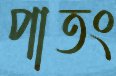
পাতং